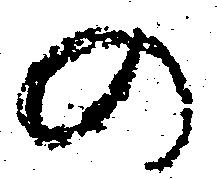
の